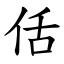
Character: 佸